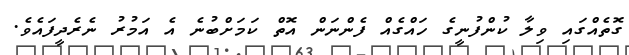
ގޮތެއްގައި ވިލާ ކުންފުނީގެ ހައްގެއް ފެންނަން އޮތް ކަމަށްބުނެ އެ އަމުރު ނެރެދީފައެވެ.